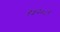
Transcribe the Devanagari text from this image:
१५२०८९